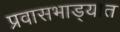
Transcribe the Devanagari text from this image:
प्रवासभाड्यात